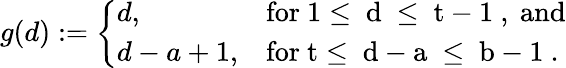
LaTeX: g(d):=\left\{ \begin{array}{ll}{{d,}}&{{\mathrm{for~1\leq~d~\leq~t-1~,~and}}}\\ {{d-a+1,}}&{{\mathrm{for~t\leq~d-a~\leq~b-1~}.}}\end{array}\right.